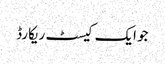
جو ایک کیسٹ ریکارڈ